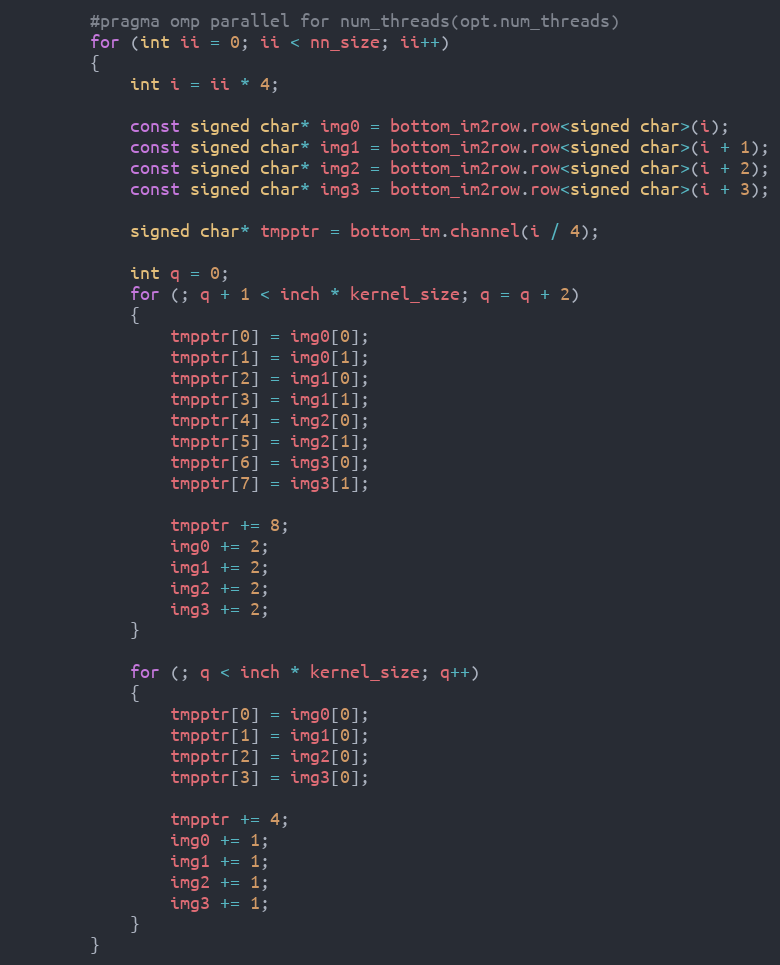
Language: C
        #pragma omp parallel for num_threads(opt.num_threads)
        for (int ii = 0; ii < nn_size; ii++)
        {
            int i = ii * 4;

            const signed char* img0 = bottom_im2row.row<signed char>(i);
            const signed char* img1 = bottom_im2row.row<signed char>(i + 1);
            const signed char* img2 = bottom_im2row.row<signed char>(i + 2);
            const signed char* img3 = bottom_im2row.row<signed char>(i + 3);

            signed char* tmpptr = bottom_tm.channel(i / 4);

            int q = 0;
            for (; q + 1 < inch * kernel_size; q = q + 2)
            {
                tmpptr[0] = img0[0];
                tmpptr[1] = img0[1];
                tmpptr[2] = img1[0];
                tmpptr[3] = img1[1];
                tmpptr[4] = img2[0];
                tmpptr[5] = img2[1];
                tmpptr[6] = img3[0];
                tmpptr[7] = img3[1];

                tmpptr += 8;
                img0 += 2;
                img1 += 2;
                img2 += 2;
                img3 += 2;
            }

            for (; q < inch * kernel_size; q++)
            {
                tmpptr[0] = img0[0];
                tmpptr[1] = img1[0];
                tmpptr[2] = img2[0];
                tmpptr[3] = img3[0];

                tmpptr += 4;
                img0 += 1;
                img1 += 1;
                img2 += 1;
                img3 += 1;
            }
        }